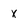
Character: X